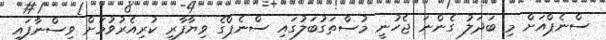
ސްނެޕްއަށް މި ބަދަަލު ގެންނަ ޖެހުނީ މުސްތަގުބަލުގައި ސްނެޕްގެ ވިޔާފާރީ ކުރިއެރުވުމަށް ވިސްނާފައި